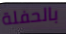
بالحفلة